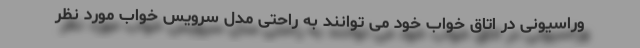
وراسیونی در اتاق خواب خود می توانند به راحتی مدل سرویس خواب مورد نظر